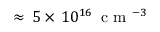
\approx \, 5 \times \, 1 0 ^ { 1 6 } \, \mathrm { ~ c ~ m ~ } ^ { - 3 }